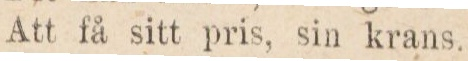
Att få sitt pris, sin krans.